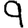
Digit: 9